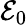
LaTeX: \mathcal{E}_{0}